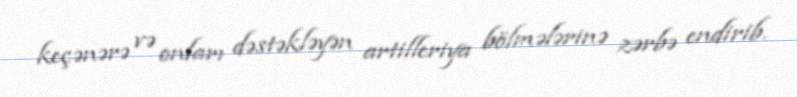
keçənərə və onları dəstəkləyən artilleriya bölmələrinə zərbə endirib.